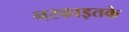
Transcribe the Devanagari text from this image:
नरकाइतके